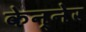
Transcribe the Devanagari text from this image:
केन्नेर